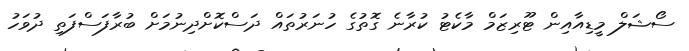
ސޯޝަލް މީޑިއާއިން ޓޫރިޒަމް މާކެޓު ކުރާނެ ގޮތުގެ ހުނަރުތައް ދަސްކޮށްދިނުމަށް ބުރާފަސްފަތި ދުވަހު